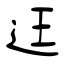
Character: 迋